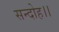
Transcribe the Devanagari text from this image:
सन्‍दोह।।